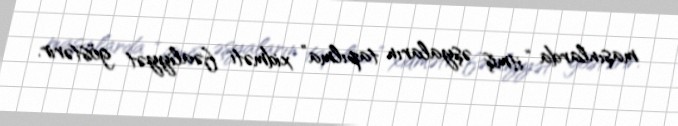
maşınlarda “itmiş əşyaların tapılma” xidməti fəaliyyət göstərir.